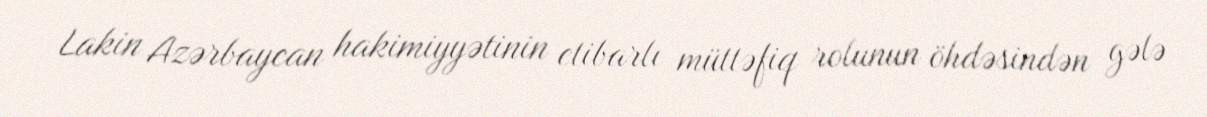
Lakin Azərbaycan hakimiyyətinin etibarlı müttəfiq rolunun öhdəsindən gələ